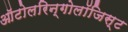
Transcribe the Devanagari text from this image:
ऑटोलरिन्गोलॉजिस्ट